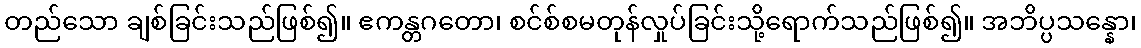
တည်သော ချစ်ခြင်းသည်ဖြစ်၍။ ဧကန္တဂတော၊ စင်စ်စမတုန်လှုပ်ခြင်းသို့ရောက်သည်ဖြစ်၍။ အဘိပ္ပသန္နော၊